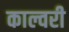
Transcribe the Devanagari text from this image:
काल्वरी